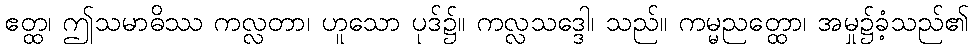
ဧတ္ထ၊ ဤသမာဓိဿ ကလ္လတာ၊ ဟူသော ပုဒ်၌။ ကလ္လသဒ္ဒေါ၊ သည်။ ကမ္မညတ္ထော၊ အမှု၌ခံ့သည်၏